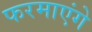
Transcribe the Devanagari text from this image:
फरमाएंगे